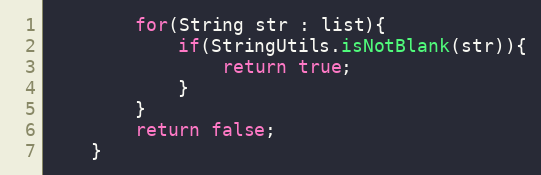
Language: Java
		for(String str : list){
			if(StringUtils.isNotBlank(str)){
				return true;
			}
		}
		return false;
	}